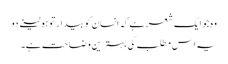
وہ جو ایک شعر ہے کہ انسان کو بیدار تو ہو لینے دو
یہ اس مطلب کی بہترین وضاحت ہے۔